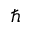
\hbar